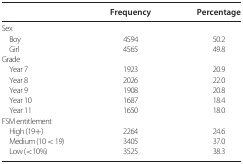
|  | Frequency | Percentage |
 | --- | --- | --- |
 | <COLSPAN=3> Sex |
 | Boy | 4594 | 50.2 |
 | Girl | 4565 | 49.8 |
 | <COLSPAN=3> Grade |
 | Year 7 | 1923 | 20.9 |
 | Year 8 | 2026 | 22.0 |
 | Year 9 | 1908 | 20.8 |
 | Year 10 | 1687 | 18.4 |
 | Year 11 | 1650 | 18.0 |
 | <COLSPAN=3> FSM entitlement |
 | High (19+) | 2264 | 24.6 |
 | Medium (10 < 19) | 3405 | 37.0 |
 | Low (<10%) | 3525 | 38.3 |